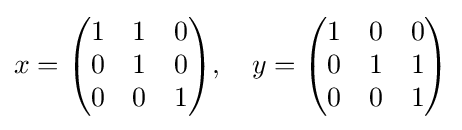
x={\begin{pmatrix}1&1&0\\0&1&0\\0&0&1\end{pmatrix}},\quad y={\begin{pmatrix}1&0&0\\0&1&1\\0&0&1\end{pmatrix}}